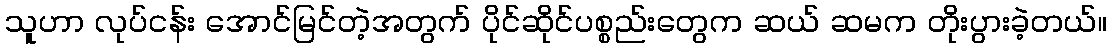
သူဟာ လုပ်ငန်း အောင်မြင်တဲ့အတွက် ပိုင်ဆိုင်ပစ္စည်းတွေက ဆယ် ဆမက တိုးပွားခဲ့တယ်။